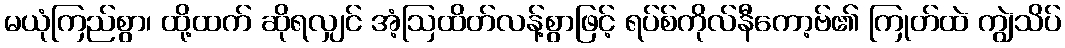
မယုံကြည်စွာ၊ ထို့ထက် ဆိုရလျှင် အံ့ဩထိတ်လန့်စွာဖြင့် ရပ်စ်ကိုလ်နီကော့ဗ်၏ ကြုတ်ထဲ ကျွဲသိပ်